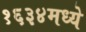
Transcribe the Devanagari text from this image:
१६३४मध्ये